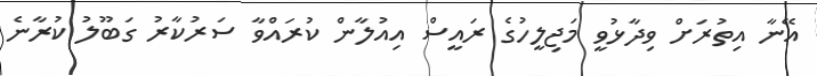
އޭނާ އިތުރަށް ވިދާޅުވީ މަޖިލީހުގެ ރައީސް އިއުލާން ކުރައްވާ ސަރުކާރު ގަބޫލު ކުރާނެ